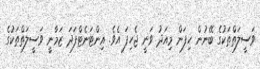
ވަސީލަތްތަކުގެ ބޭނުން ހިފަން މިއަދު ވަނީ ޖެހިފަ އެވެ. އިންޓަނެޓްފަދަ ޒަމާނީ ވަސީލަތްތަކުގެ